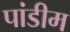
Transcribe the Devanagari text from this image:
पांडीम